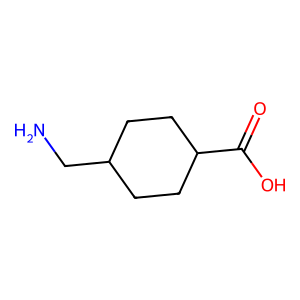
SMILES: NCC1CCC(C(=O)O)CC1
Inhibits HIV replication: No